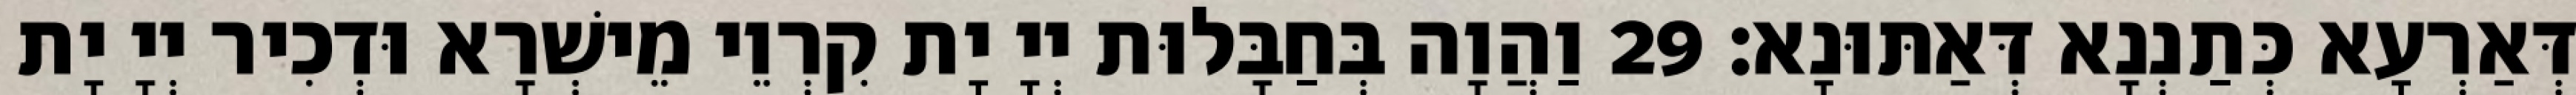
דְּאַרְעָא כְּתַנְנָא דְּאַתּוּנָא׃ 29 וַהֲוָה בְּחַבָּלוּת יְיָ יָת קִרְוֵי מֵישְׁרָא וּדְכִיר יְיָ יָת